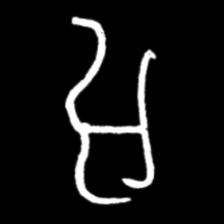
Pyu character \u2014 Myanmar letter: အ (romanized: a)